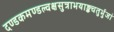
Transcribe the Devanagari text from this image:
दण्डकमण्डल्वक्षसुत्राभयाङ्कचतुर्भुजां